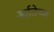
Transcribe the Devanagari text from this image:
अर्हतेच्या